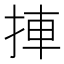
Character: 捙